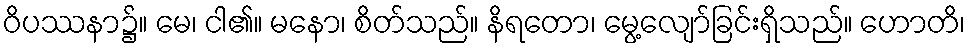
ဝိပဿနာ၌။ မေ၊ ငါ၏။ မနော၊ စိတ်သည်။ နိရတော၊ မွေ့လျော်ခြင်းရှိသည်။ ဟောတိ၊